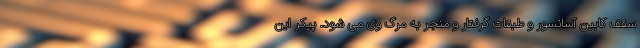
سقف کابین آسانسور و طبقات گرفتار و منجر به مرگ وی می شود. پیکر این